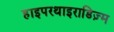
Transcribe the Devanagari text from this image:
हाइपरथाइराडिज़्म